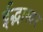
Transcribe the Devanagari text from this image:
ईद्भास्वर